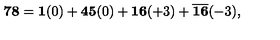
{ \bf 7 8 } = { \bf 1 } ( 0 ) + { \bf 4 5 } ( 0 ) + { \bf 1 6 } ( + 3 ) + { \overline { { \bf 1 6 } } } ( - 3 ) ,